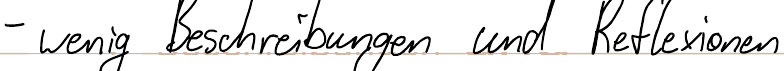
- wenig Beschreibungen und Reflexionen